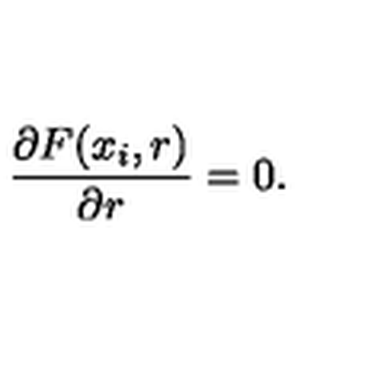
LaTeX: { \frac { \partial F ( x _ { i } , r ) } { \partial r } } = 0 .